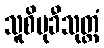
သူစိမုခီသုတ္တံ